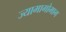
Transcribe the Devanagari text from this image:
ज्यामागोमाग